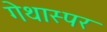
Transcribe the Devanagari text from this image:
गेथास्पर